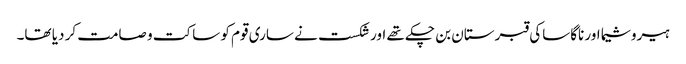
ہیروشیما اور ناگاساکی قبرستان بن چکے تھے اور شکست نے ساری قوم کو ساکت و صامت کر دیا تھا۔